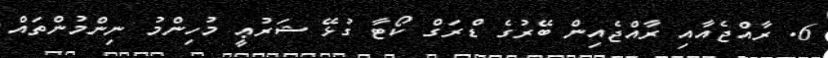
6. ރާއްޖެއާއި ރާއްޖެއިން ބޭރުގެ ޑްރަގް ކޯޓާ ގުޅޭ ޝަރުޢީ މުހިންމު ނިންމުންތައް